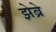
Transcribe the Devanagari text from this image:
झेब्रे